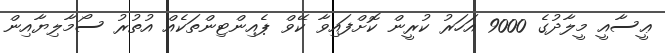
ޢީސާއީ މީލާދުގެ 9000 އަހަރު ކުރީން ކޮށްފައިވާ ކޭވް ޕެއިންޓިންތަކެއް އުތުރު ސޯމާލިޔާއިން